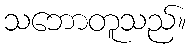
သဘောတူသည်။